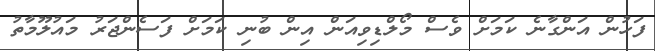
ފަހުން އަންގާނެ ކަމަށް ވެސް މޯލްޑިވިއަން އިން ބުނި ކަމަށް ފަސެންޖަރު މައުލޫމާތު